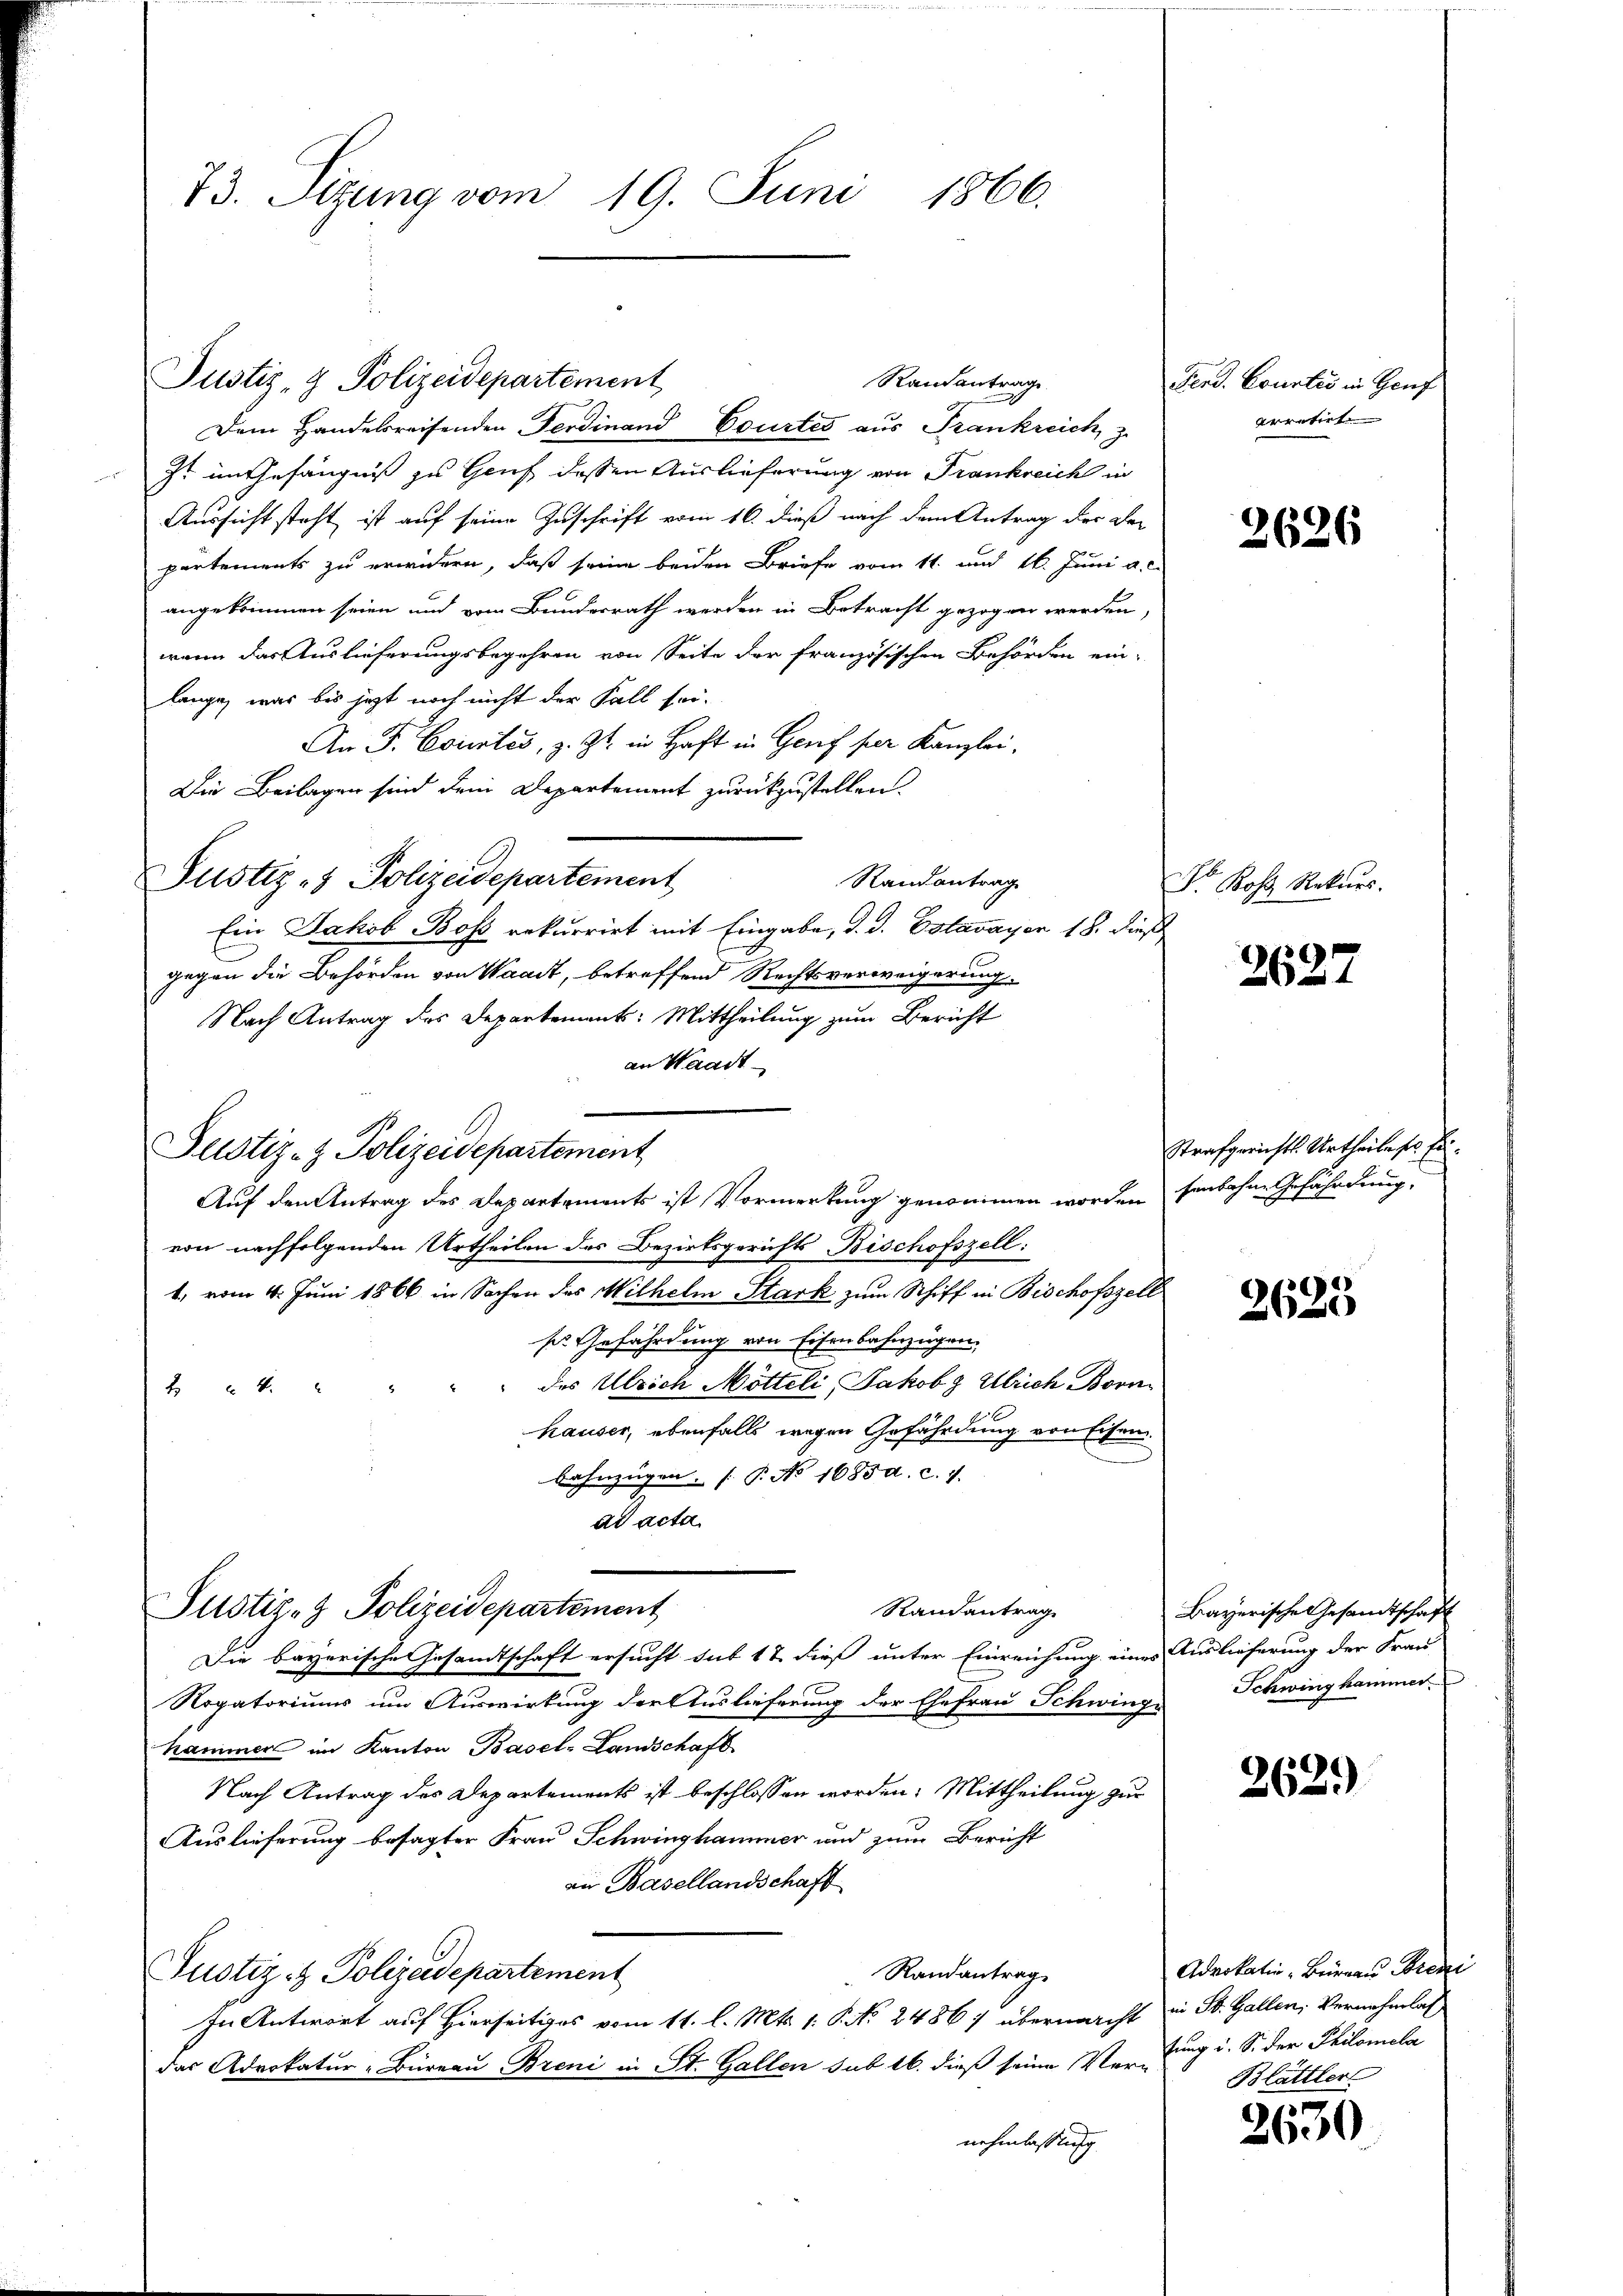
73. Sizung vom 19. Juni 1866.

Justiz- & Polizeidepartement

Dem Handelsreisenden Ferdinand Courtés aus Frankreich, z.
It im Gefängniß zu Genf dessen Auslieferung von Frankreich in
Aussicht steht ist auf seine Zuschrift vom 16. dieß nach dem Antrag der der
partements zu erwidern, daß seine beiden Briefe vom 11. und 16. Juni a. c.
angekommen seien und vom Bundesrath werden in Betracht gezogen werden,
wenn das Auslieferungsbegehren von Seite der französischen Behörden ein-
lange, was bis jetzt noch nicht der Fall sei.
An F. Courtis, z. Zt. in Haft in Genf per Kanzlei.
Die Beilagen sind dem Departement zurückzustellen.
Justiz- & Polizeidepartement
Randantrag
Ein Jakob Boss rekurrirt mit Eingabe, d. d. Estavayer 18. dieß
gegen die Behörden von Waadt, betreffend Rechtsverweigerung.
Nach Antrag des Departement: Mittheilung zum Bericht
an Waadt
JJustiz- & Polizeidepartement
von nachfolgenden Urtheilen des Bezirksgerichts Bischofszell:
1, vom 4. Juni 1866 in Sachen des Wilhelm Stark zum Schiff in Bischofszell
ser Gefährdung von Eisenbahnzügen.
des Ulrich Mötteli, Jakob & Ulrich Born¬
4
hauser, ebenfalls wegen Gefährdung von Eisen
Bahnzügen. (T. No 1685 d. c. 7.
ad acta
Randantrag
Justiz- & Polizeidepartement
Die bayerische Gesamtschaft ersucht sub 1 & dieß unter Einreichung eines Auslieferung der Frau
Rogatoriums um Auswirkung der Auslieferung der Ehefrau Schwing Schwinghammer.
hammer im Kanton Basel-Landschaft
Nach Antrag des Departements ist beschlossen worden. Mittheilung zur
Auslieferung besagter Frau Schwinghammer und zum Bericht
an Basellandschaft
Randantrag
Justiz- & Polizeidepartement
In Antwort auf Hierseitiges vom 11. l. Mts. 1. P. No 24867 übermacht in St. Gallen, Vernehmlas
das Advokatur-Büreau Breni in St. Gallen sub 16. dieß seine Ver-
nehmlassung

Auf den Antrag des Departements ist Vormerkung genommen worden senbahne Gefährdung.

Randantrage

Ferd. Courtis in Genf
erartiel

2626

Dr Kost Rekurs.

3627

Strafgerichts Urtheile ses Ein¬

2625

Bayerische Gesandtschaft

2629)

Advokatio Bureau Breni
tung u. S. der Philomela
Blättler

2630